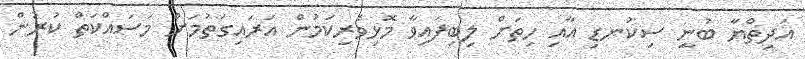
އަދިތްޔާ ބުނީ ސިކުނޑި އާއި ހިތަށް ލިބިފައިވާ މޮޅިވެރިކަމުން އަރައިގަތުމަށް މަސައްކަތް ކުރުން